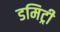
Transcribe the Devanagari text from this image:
डमिट्री